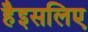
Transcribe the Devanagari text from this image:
हैइसलिए